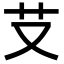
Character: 𦫿